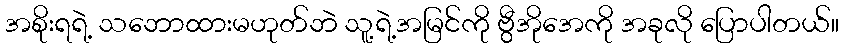
အစိုးရရဲ့ သဘောထားမဟုတ်ဘဲ သူ့ရဲ့အမြင်ကို ဗွီအိုအေကို အခုလို ပြောပါတယ်။